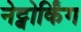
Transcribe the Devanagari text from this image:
नेट्वोर्किंग